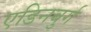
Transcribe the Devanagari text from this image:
एडिनबुर्ग